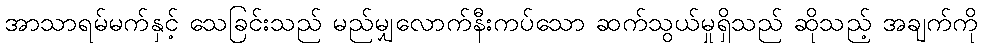
အာသာရမ်မက်နှင့် သေခြင်းသည် မည်မျှလောက်နီးကပ်သော ဆက်သွယ်မှုရှိသည် ဆိုသည့် အချက်ကို